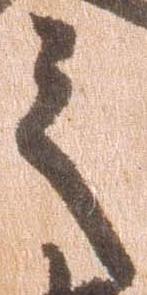
之